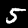
Digit: 5